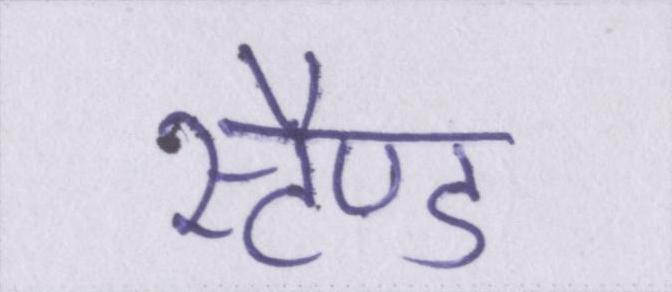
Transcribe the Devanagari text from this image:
स्टैण्ड